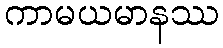
ကာမယမာနဿ